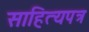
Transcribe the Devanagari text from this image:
साहित्यपत्र